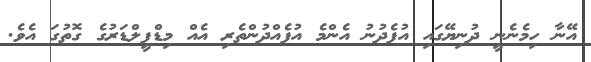
އޭނާ ހިމެނެނީ ދުނިޔޭގައި އުފެދުނު އެންމެ އުފެއްދުންތެރި އެއް މިޑްފީލްޑަރުގެ ގޮތުގަ އެވެ.